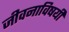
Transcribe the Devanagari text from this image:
जीवनाविषयी